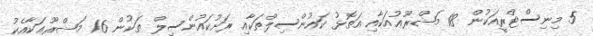
5 މިނިސްޓްރީއަކުން 18 މަޝްރޫޢުއަކާއި އަތޮޅު ކައުންސިލްތަކާއި ރަށުކައުންސިލް ތަކުން 16 މަޝްރޫޢަކާއެކު